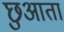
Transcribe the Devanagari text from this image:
छुआता